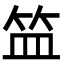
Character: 笽